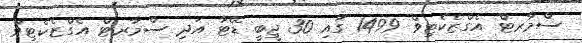
ސްމާރޓް އެގްޒެކެޓިވް 1499 ގައި 30 ޖީބީ ޑޭޓާ އަދި ސްމާރޓް އެގްޒެކެޓިވް